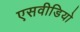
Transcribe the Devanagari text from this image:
एसवीडियो